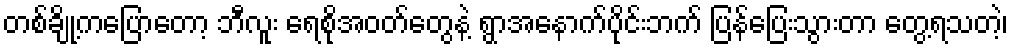
တစ်ချို့ကပြောတော့ ဘီလူး ရေစိုအဝတ်တွေနဲ့ ရွာအနောက်ပိုင်းဘက် ပြန်ပြေးသွားတာ တွေ့ရသတဲ့၊